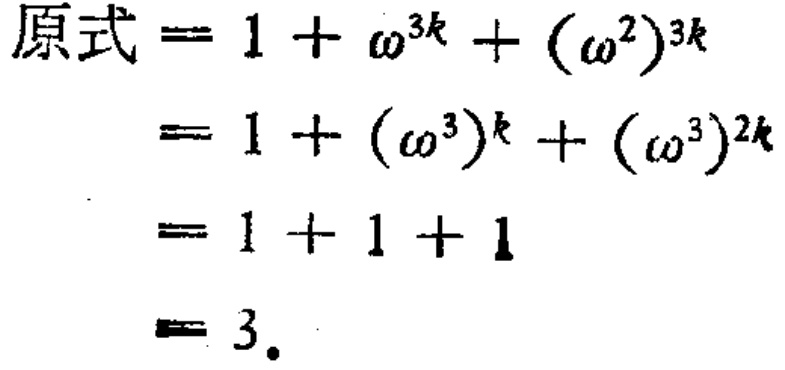
\[

\begin{align*}

原式&=1 + \omega^{3k}+(\omega^{2})^{3k}\\

&=1 + (\omega^{3})^{k}+(\omega^{3})^{2k}\\

&=1 + 1 + 1\\

&=3.

\end{align*}

\]